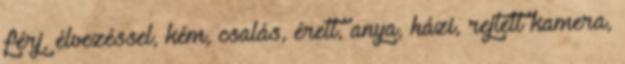
férj, élvezéssel, kém, csalás, érett, anya, házi, rejtett kamera,